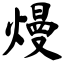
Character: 熳